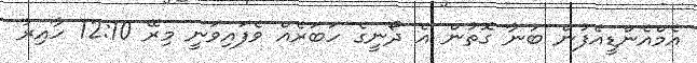
އެމްއެންޑީއެފުން ބުނާ ގޮތުން އެ ދޯނީގެ ހަބަރެއް ވެފައިވަނީ މިރޭ 12:10 ހާއިރު